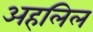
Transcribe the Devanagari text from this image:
अहलिल